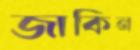
জাকিন